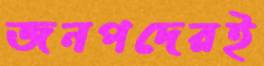
জনপদেরই